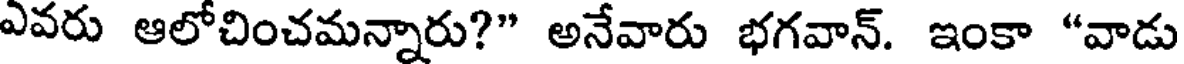
ఎవరు ఆలోచించమన్నారు?" అనేవారు భగవాన్. ఇంకా "వాడు